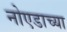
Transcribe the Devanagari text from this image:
नोएडाच्या